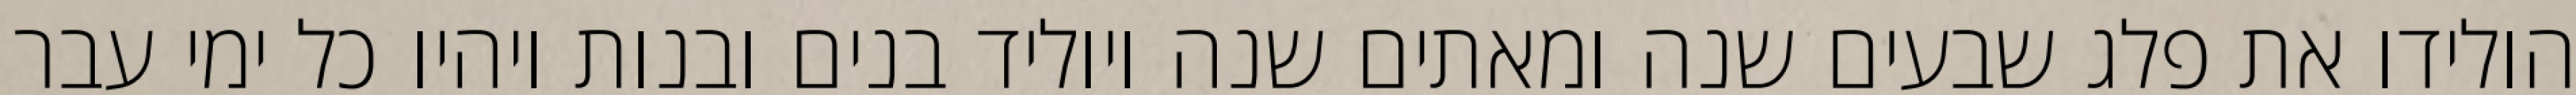
הולידו את פלג שבעים שנה ומאתים שנה ויוליד בנים ובנות ויהיו כל ימי עבר